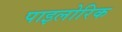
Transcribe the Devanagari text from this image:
पाइलोरिक